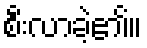
စီးလာခဲ့၏။